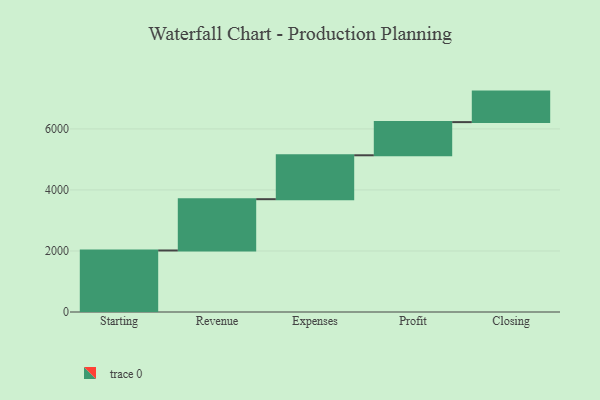
{"axis": {"x": "Step", "y": "Value"}, "legend": [""], "data": [{"x": "Starting", "y": 2016.0, "type": ""}, {"x": "Revenue", "y": 1681.0, "type": ""}, {"x": "Expenses", "y": 1439.0, "type": ""}, {"x": "Profit", "y": 1087.0, "type": ""}, {"x": "Closing", "y": 1000, "type": ""}]}